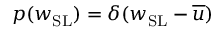
p ( w _ { \mathrm { S L } } ) = \delta ( w _ { \mathrm { S L } } - \overline { u } )